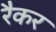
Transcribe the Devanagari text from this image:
रैकर